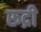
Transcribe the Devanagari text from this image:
रूद्री